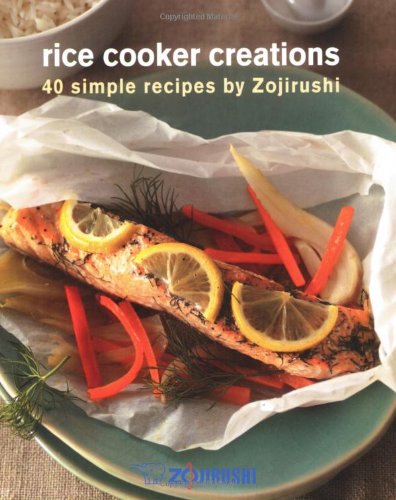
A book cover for Rice Cooker Creations: 40 Simple Recipes by Zojirushi; Jayne E Chang; Cookbooks, Food & Wine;